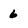
Character: 6